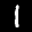
Label: 1